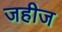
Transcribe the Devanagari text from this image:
जहीज